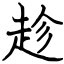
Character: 趁